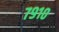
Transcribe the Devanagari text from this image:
७९१०